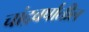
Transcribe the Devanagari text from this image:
चांद्रवर्षातील